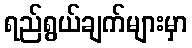
ရည်ရွယ်ချက်များမှာ